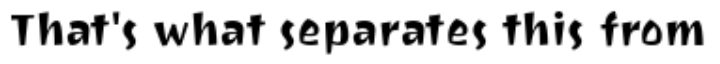
That's what separates this from